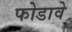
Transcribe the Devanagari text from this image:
फोडावे